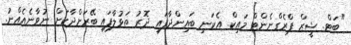
"ބަޓް. ޝީޒް ޕްރެގްނެންޓް މައިކް. އެކަނި ބައިންދާފައި ދޮރު ތަޅުލާފައި ބޭރަށްދާކަށް ނުވާނެއެއްނު.